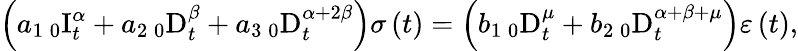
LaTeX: \left(a_{1}\, _{0}\mathrm{I}_{t}^{\alpha}+a_{2}\, _{0}\mathrm{D}_{t}^{\beta}+a_{3}\, _{0}\mathrm{D}_{t}^{\alpha+2\beta}\right)\sigma\left(t\right)=\left(b_{1}\, _{0}\mathrm{D}_{t}^{\mu}+b_{2}\, _{0}\mathrm{D}_{t}^{\alpha+\beta+\mu}\right)\varepsilon\left(t\right),